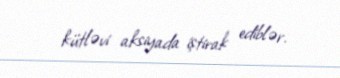
kütləvi aksiyada iştirak ediblər.